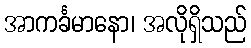
အာကင်္ခမာနော၊ အလိုရှိသည်